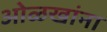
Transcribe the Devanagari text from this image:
ओळखांना